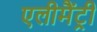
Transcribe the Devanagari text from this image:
एलीमैंट्री